Insane asylums in Bengal annual reports 1867-1875 - 1867-1875
Year: 1867
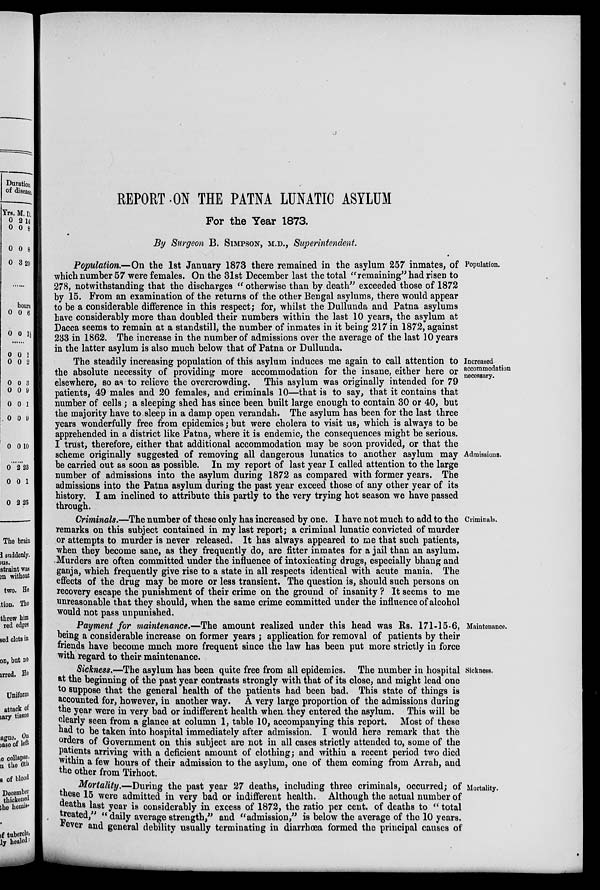
REPORT ON THE PATNA LUNATIC ASYLUM
For the Year 1873.
By Surgeon B. SIMPSON, M.D., Superintendent.
Population.
Population.—On the 1st January 1873 there remained in the asylum 257 inmates, of
which number 57 were females. On the 31st December last the total "remaining" had risen to
278, notwithstanding that the discharges " otherwise than by death" exceeded those of 1872
by 15. From an examination of the returns of the other Bengal asylums, there would appear
to be a considerable difference in this respect; for, whilst the Dullunda and Patna asylums
have considerably more than doubled their numbers within the last 10 years, the asylum at
Dacca seems to remain at a standstill, the number of inmates in it being 217 in 1872, against
233 in 1862. The increase in the number of admissions over the average of the last 10 years
in the latter asylum is also much below that of Patna or Dullunda.
Increased
accommodation
necessary.
Admissions.
The steadily increasing population of this asylum induces me again to call attention to
the absolute necessity of providing more accommodation for the insane, either here or
elsewhere, so as to relieve the overcrowding. This asylum was originally intended for 79
patients, 49 males and 20 females, and criminals 10—that is to say, that it contains that
number of cells; a sleeping shed has since been built large enough to contain 30 or 40, but
the majority have to sleep in a damp open verandah. The asylum has been for the last three
years wonderfully free from epidemics; but were cholera to visit us, which is always to be
apprehended in a district like Patna, where it is endemic, the consequences might be serious.
I trust, therefore, either that additional accommodation may be soon provided, or that the
scheme originally suggested of removing all dangerous lunatics to another asylum may
be carried out as soon as possible. In my report of last year I called attention to the large
number of admissions into the asylum during 1872 as compared with former years. The
admissions into the Patna asylum during the past year exceed those of any other year of its
history. I am inclined to attribute this partly to the very trying hot season we have passed
through.
Criminals.
Criminals.—The number of these only has increased by one. I have not much to add to the
remarks on this subject contained in my last report; a criminal lunatic convicted of murder
or attempts to murder is never released. It has always appeared to me that such patients,
when they become sane, as they frequently do, are fitter inmates for a jail than an asylum.
Murders are often committed under the influence of intoxicating drugs, especially bhang and
ganja, which frequently give rise to a state in all respects identical with acute mania. The
effects of the drug may be more or less transient. The question is, should such persons on
recovery escape the punishment of their crime on the ground of insanity ? It seems to me
unreasonable that they should, when the same crime committed under the influence of alcohol
would not pass unpunished.
Maintenance.
Payment for maintenance.—The amount realized under this head was Rs. 171-15-6,
being a considerable increase on former years ; application for removal of patients by their
friends have become mnch more frequent since the law has been put more strictly in force
with regard to their maintenance.
Sickness.
Sickness.—The asylum has been quite free from all epidemics. The number in hospital
at the beginning of the past year contrasts strongly with that of its close, and might lead one
to suppose that the general health of the patients had been bad. This state of things is
accounted for, however, in another way. A very large proportion of the admissions during
the year were in very bad or indifferent health when they entered the asylum. This will be
clearly seen from a glance at column 1, table 10, accompanying this report. Most of these
had to be taken into hospital immediately after admission. I would here remark that the
orders of Government on this subject are not in all cases strictly attended to, some of the
patients arriving with a deficient amount of clothing; and within a recent period two died
within a few hours of their admission to the asylum, one of them coming from Arrah, and
the other from Tirhoot.
Mortality.
Mortality.—During the past year 27 deaths, including three criminals, occurred; of
these 15 were admitted in very bad or indifferent health. Although the actual number of
deaths last year is considerably in excess of 1872, the ratio per cent. of deaths to " total
treated," " daily average strength," and "admission," is below the average of the 10 years.
Fever and general debility usually terminating in diarrhœa formed the principal causes of